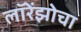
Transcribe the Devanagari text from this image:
लॉरेंझोचा